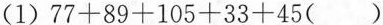
(1)$$7 7 + 8 9 + 1 0 5 + 3 3 + 4 5 ( )$$